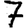
Digit: 7